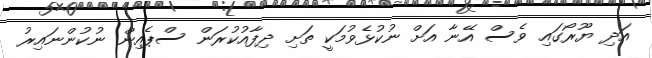
އަދި ޔޫރޯގައި ވެސް އޭނާ އަށް ނުކުޅެވުމަކީ ތަށި ދިފާއުކުރަން ސްޕެއިން ނުކުންނައިރު